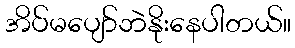
အိပ်မပျော်ဘဲနိုးနေပါတယ်။